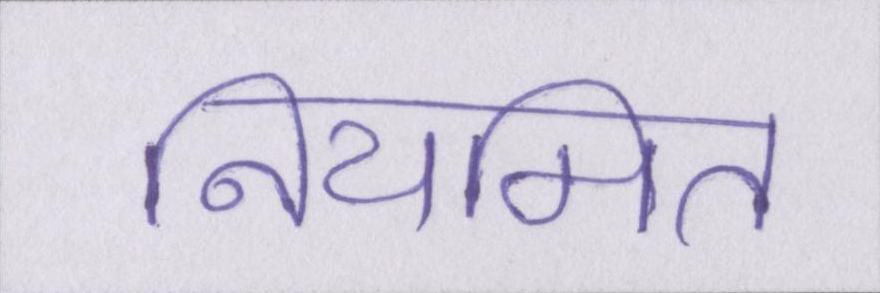
नियमित